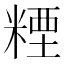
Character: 𥻛